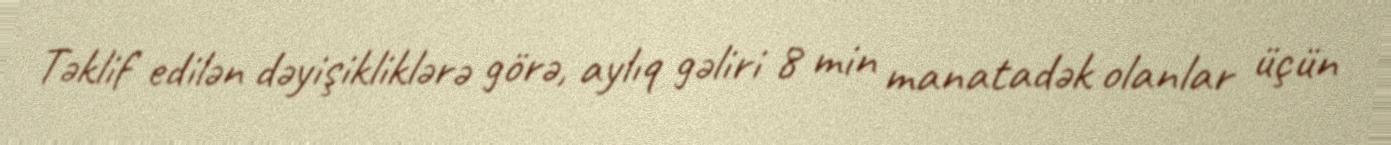
Təklif edilən dəyişikliklərə görə, aylıq gəliri 8 min manatadək olanlar üçün